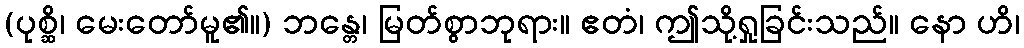
(ပုစ္ဆိ၊ မေးတော်မူ၏။) ဘန္တေ၊ မြတ်စွာဘုရား။ ဧတံ၊ ဤသို့ရှုခြင်းသည်။ နော ဟိ၊